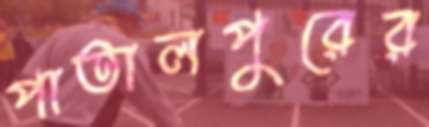
পাতালপুরের